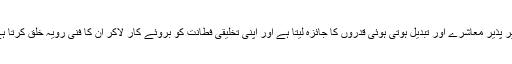
تغیر پذیر معاشرے اور تبدیل ہوتی ہوئی قدروں کا جائزہ لیتا ہے اور اپنی تخلیقی فطانت کو بروئے کار لاکر ان کا فنّی رویّہ خلق کرتا ہے۔